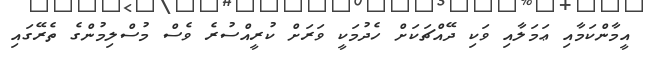
އީމާންކަމާއި ޢަމަލާއި ވަކި ދޭއްޗަކަށް ހެދުމަކީ ވަރަށް ކުރީއްސުރެ ވެސް މުސްލިމުންގެ ތެރޭގައި